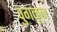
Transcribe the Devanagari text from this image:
वुगळून